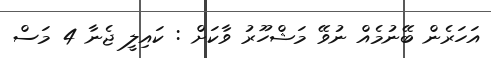
އަހަރެން ބޭނުމެއް ނުވޭ މަޝްހޫރު ވާކަށް : ކައިލީ ޖެނާ 4 މަސް